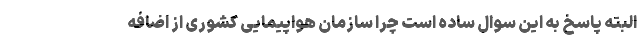
البته پاسخ به این سوال ساده است چرا سازمان هواپیمایی کشوری از اضافه